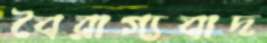
বৈরাগ্যবাদ